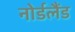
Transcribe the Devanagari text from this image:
नोर्डलैंड